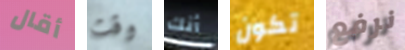
أقال وقت أنك تكون نرفع